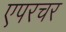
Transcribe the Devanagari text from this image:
एपरचर